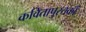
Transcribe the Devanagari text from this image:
कवितापुस्तकों